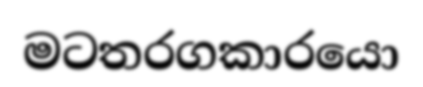
මටතරගකාරයො